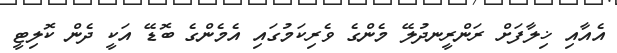
އެއާއި ޚިލާފަށް ރަންރީނދުލޭ މެންގެ ވެރިކަމުގައި އެމެންގެ ބޮޑޭ އަކީ ދެން ކޮލިޓީ